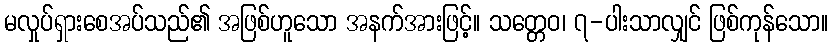
မလှုပ်ရှားစေအပ်သည်၏ အဖြစ်ဟူသော အနက်အားဖြင့်။ သတ္တေဝ၊ ၇-ပါးသာလျှင် ဖြစ်ကုန်သော။